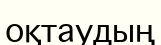
оқтаудың